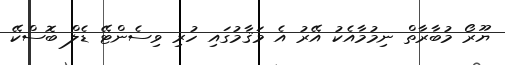
ޔޫރޯ މުބާރާތް ނިމުމާއެކު އޭރު އެ މަޤާމުގައި ހުރި ވިސެންޓޭ ޑެލް ބޮސްކޭ